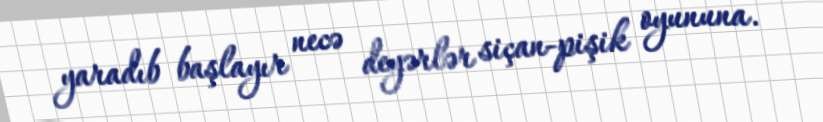
yaradıb başlayır necə deyərlər siçan-pişik oyununa.